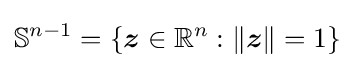
\mathbb {S} ^{n-1}=\{{\boldsymbol {z}}\in \mathbb {R} ^{n}:\lVert {\boldsymbol {z}}\rVert =1\}